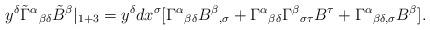
LaTeX: \begin{align*}y^\delta \tilde{\Gamma}^\alpha {}_{\beta \delta }\tilde{B}^\beta|_{1+3}=y^\delta dx^\sigma [\Gamma ^\alpha {}_{\beta \delta }B^\beta{}_{,\sigma }+\Gamma ^\alpha {}_{\beta \delta }\Gamma ^\beta {}_{\sigma \tau}B^\tau +\Gamma ^\alpha {}_{\beta \delta ,\sigma }B^\beta ]. \end{align*}